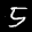
Label: 5